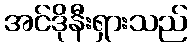
အင်ဒိုနီးရှားသည်